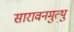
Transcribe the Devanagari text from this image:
सारावनमुत्थु